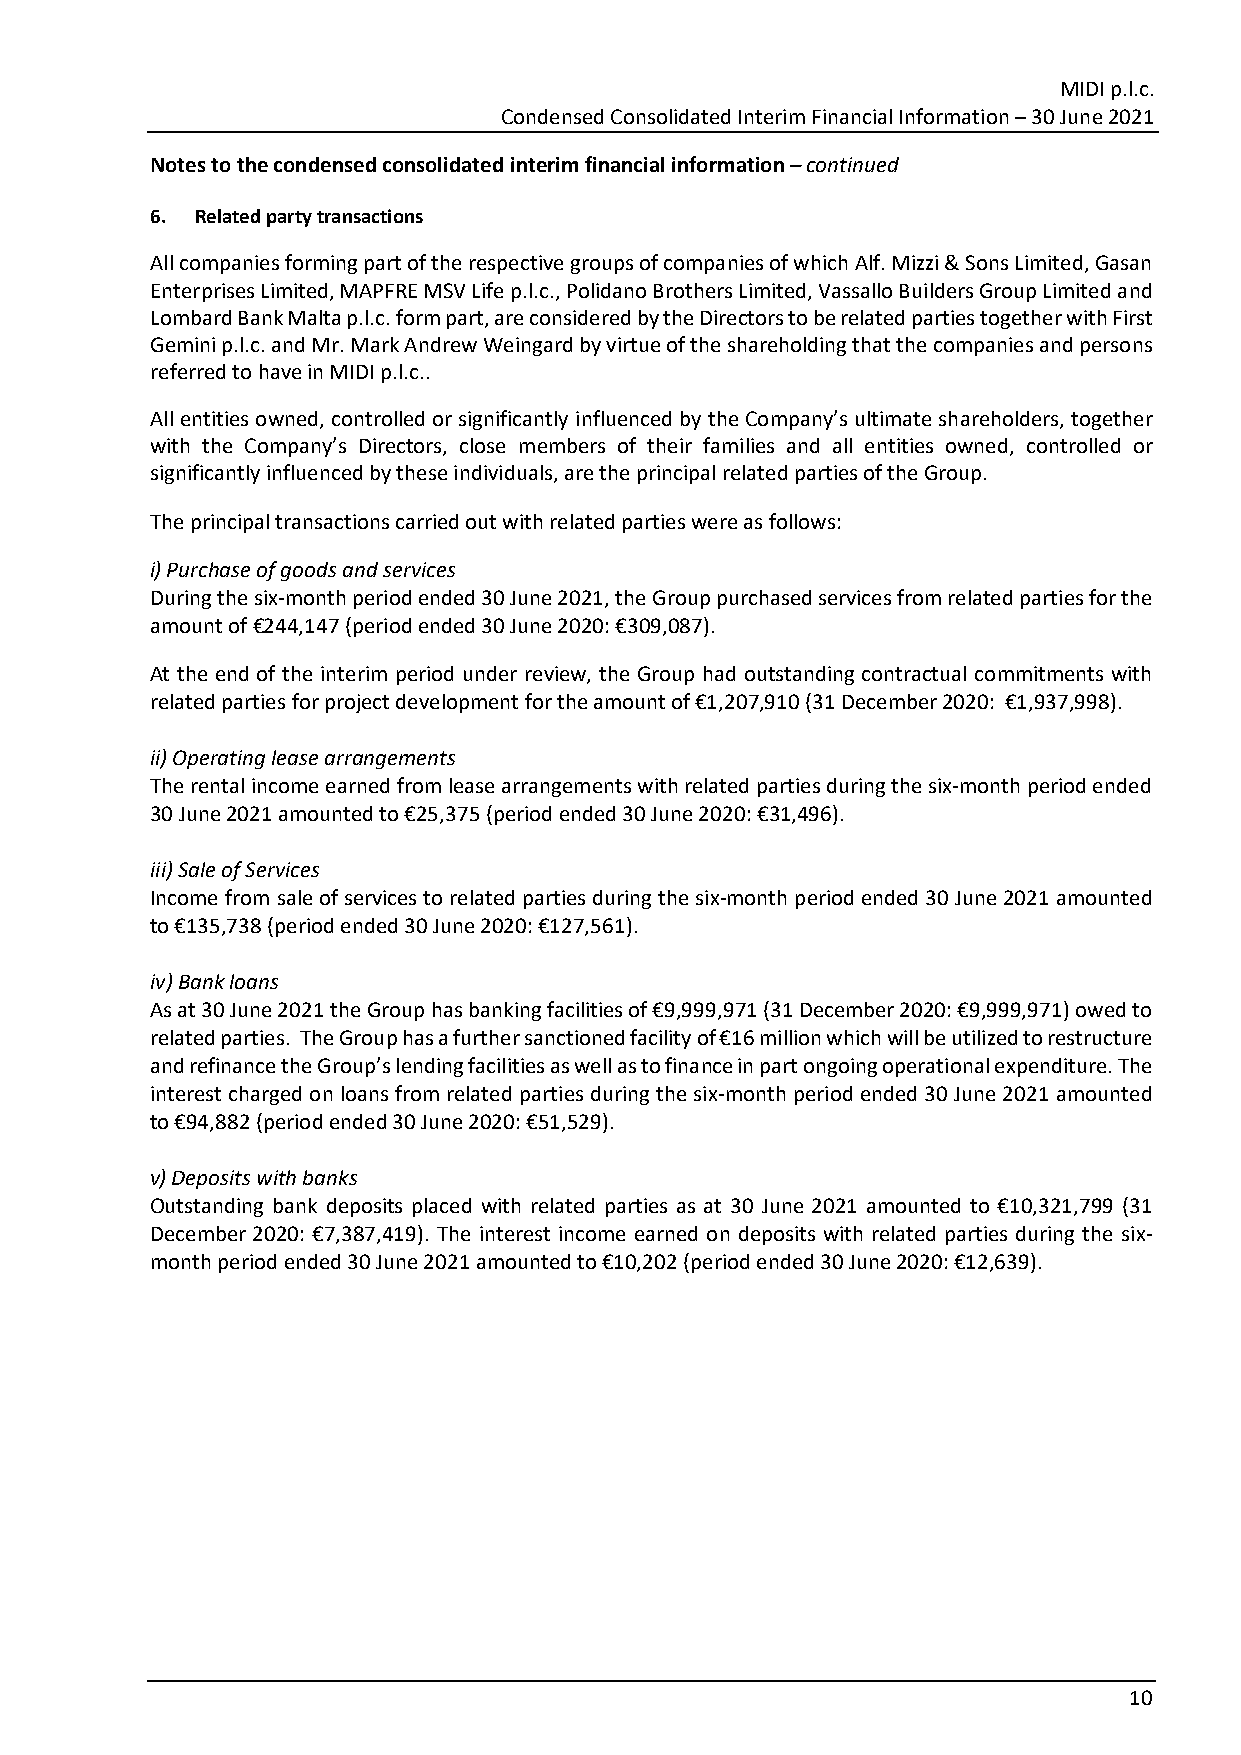
MIDI p.l.c.
 Condensed Consolidated Interim Financial Information – 30 June 2021
 Notes to the condensed consolidated interim financial information – continued
 6. Related party transactions
 All companies forming part of the respective groups of companies of which Alf. Mizzi & Sons Limited, Gasan
 Enterprises Limited, MAPFRE MSV Life p.l.c., Polidano Brothers Limited, Vassallo Builders Group Limited and
 Lombard Bank Malta p.l.c. form part, are considered by the Directors to be related parties together with First
 Gemini p.l.c. and Mr. Mark Andrew Weingard by virtue of the shareholding that the companies and persons
 referred to have in MIDI p.l.c..
 All entities owned, controlled or significantly influenced by the Company’s ultimate shareholders, together
 with the Company’s Directors, close members of their families and all entities owned, controlled or
 significantly influenced by these individuals, are the principal related parties of the Group.
 The principal transactions carried out with related parties were as follows:
 i) Purchase of goods and services
 During the six‐month period ended 30 June 2021, the Group purchased services from related parties for the
 amount of €244,147 (period ended 30 June 2020: €309,087).
 At the end of the interim period under review, the Group had outstanding contractual commitments with
 related parties for project development for the amount of €1,207,910 (31 December 2020: €1,937,998).
 ii) Operating lease arrangements
 The rental income earned from lease arrangements with related parties during the six‐month period ended
 30 June 2021 amounted to €25,375 (period ended 30 June 2020: €31,496).
 iii) Sale of Services
 Income from sale of services to related parties during the six‐month period ended 30 June 2021 amounted
 to €135,738 (period ended 30 June 2020: €127,561).
 iv) Bank loans
 As at 30 June 2021 the Group has banking facilities of €9,999,971 (31 December 2020: €9,999,971) owed to
 related parties. The Group has a further sanctioned facility of €16 million which will be utilized to restructure
 and refinance the Group’s lending facilities as well as to finance in part ongoing operational expenditure. The
 interest charged on loans from related parties during the six‐month period ended 30 June 2021 amounted
 to €94,882 (period ended 30 June 2020: €51,529).
 v) Deposits with banks
 Outstanding bank deposits placed with related parties as at 30 June 2021 amounted to €10,321,799 (31
 December 2020: €7,387,419). The interest income earned on deposits with related parties during the six‐
 month period ended 30 June 2021 amounted to €10,202 (period ended 30 June 2020: €12,639).
 10